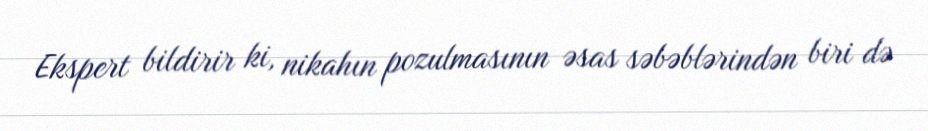
Ekspert bildirir ki, nikahın pozulmasının əsas səbəblərindən biri də